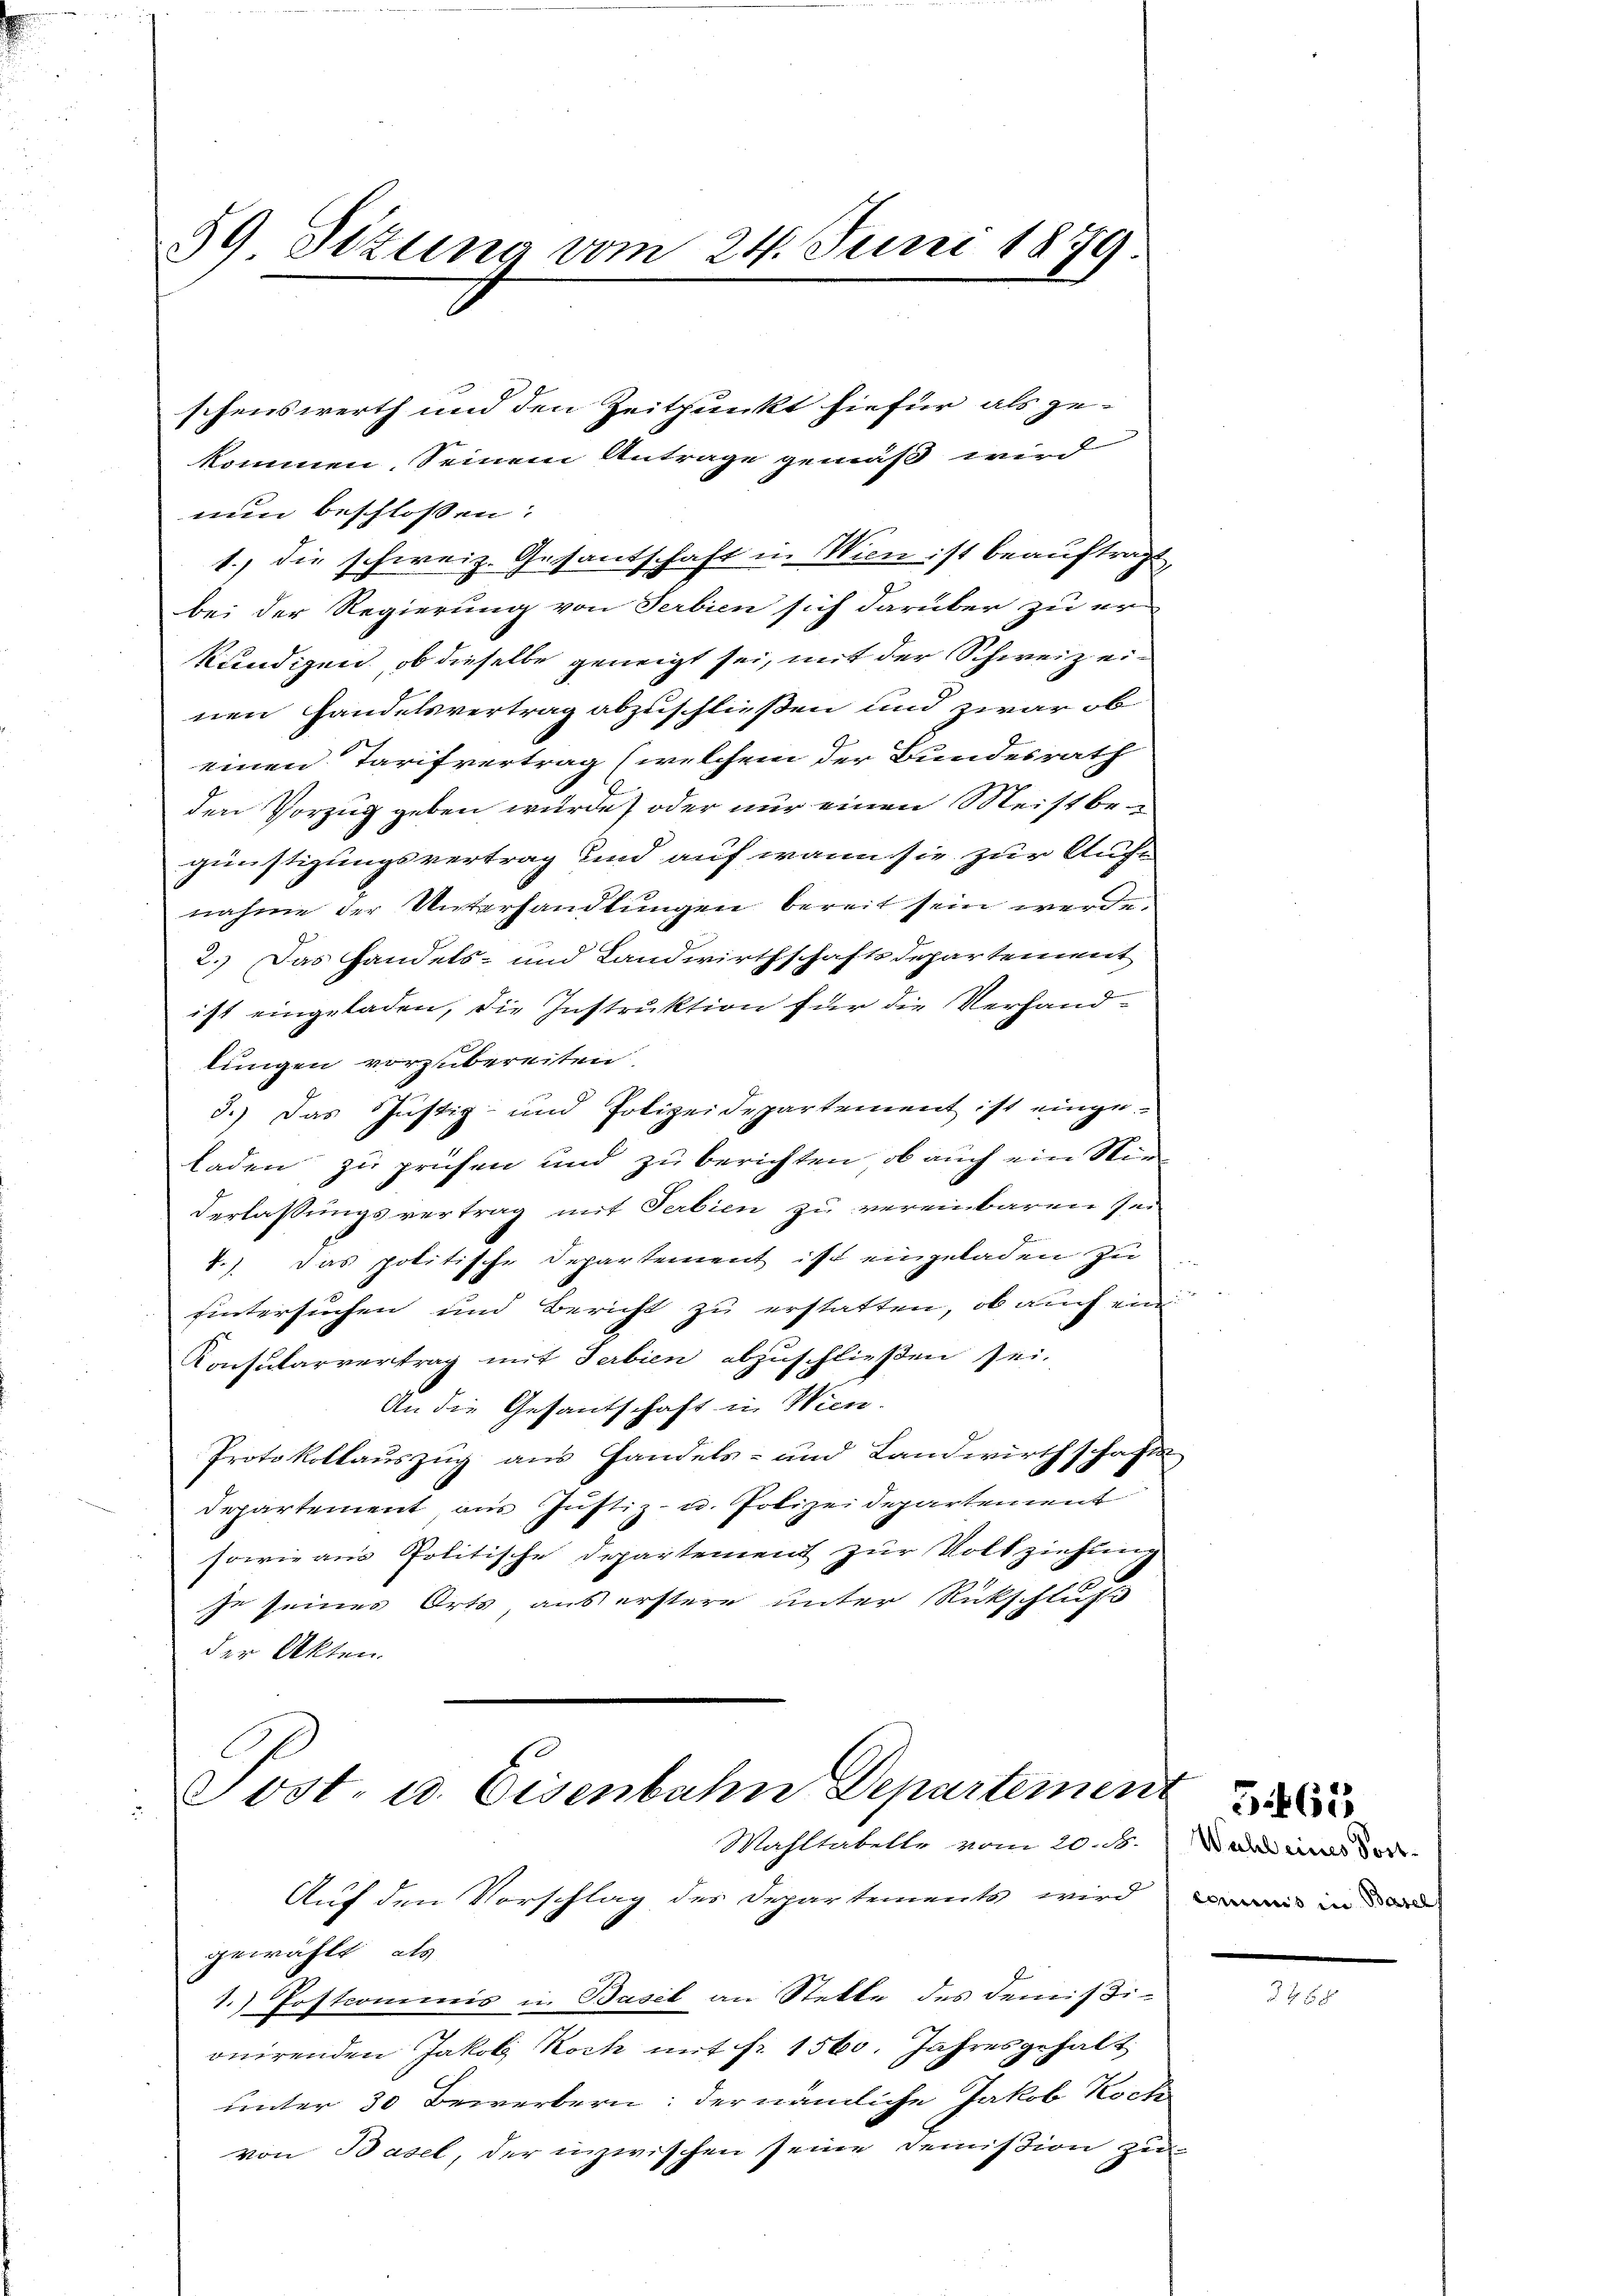
59 Sizung vom 24. Juni 1879

nun beschlossen:
1. die schweiz. Gesandschaft u. Wien ist beauftragt,
bei der Regierung von Serbien sich darüber zu er-
kundigen, ob dieselbe geneigt sei, mit der Schweiz einen Handelsvertrag abzuschließen und zwar ob
einen Tarifvertrag (welchem der Bundesrath
den Vorzug geben wurde) oder nur einen Meistbegünstigungsvertrag und auf wenn sie zur Auft
nahme der Unterhandlungen bereit sein werde.
2.) Das Handels- und Landwirthschaftsdepartement
ist eingeladen, die Instruktion für die Verhandlungen vorzubereiten.
3.) Das Justiz- und Polizeidepartement ist einge
laden zu prüfen und zu berichten, ob auch ein Sti¬
Verlassungsvertrag mit Verbien zu vereinbaren sei
1.) Das politische Departement ist eingeladen zu
hintersuchen und Bericht zu erstatten, ob auch ein
Konsularvertrag mit Serbien abzuschließen sei.
An die Gesantschaft in Wien.
Protokollauszug aus Handels- und Landwirthschafts
departement aus Justiz- u. Polizeidepartement
sowie aus Politische Departement zur Vollziehung
se seines Orts aus erstere unter Rückschluß
der Akten.

Post- u. Eisenbahn Departement
Wahltabelle vom 20. d.

gewählt, als

schenswerth und den Zeitpunkt hiefür als gekommen seinem Antrage gemäß wird

Auf den Vorschlag des Departements wird
1.) Postcommis in Basel an Stelle des Demisi-
onirenden Jakob Koch mit fr. 1560. Jahresgehalt
unter 30 Bewerbern: der nämliche Jakob Koch
von Basel, der inzwischen seine Demission zu

Wahl eines Postcommis in Basel

5465